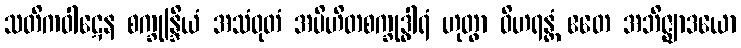
သတိကဝါဋေန စက္ခုန္ဒြိယံ အသံဝုတံ အပိဟိတစက္ခုဒွါရံ ဟုတွာ ဝိဟရန္တံ ဧတေ အဘိဇ္ဈာဒယော